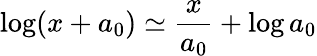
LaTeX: \log(x+a_{0})\simeq\frac{x}{a_{0}}+\log a_{0}